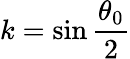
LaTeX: k=\sin\frac{\theta_{0}}{2}